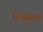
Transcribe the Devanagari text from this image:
पीएस्एल